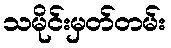
သမိုင်းမှတ်တမ်း